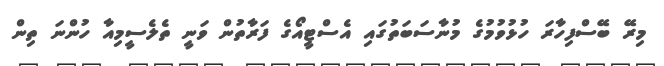
މިރޭ ބޭސްފިހާރަ ހުޅުވުމުގެ މުނާސަބަތުގައި އެސްޓީއޯގެ ފަރާތުން ވަނީ ތެލެސީމިއާ ހުންނަ ތިން